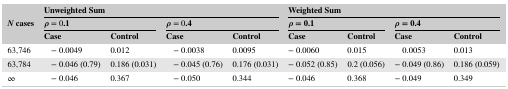
<table><thead><tr><td></td><td colspan="4"><b>Unweighted Sum</b></td><td colspan="4"><b>Weighted Sum</b></td></tr><tr><td><b><i>N</i> cases</b></td><td colspan="2"><b><i>ρ </i>= 0.1</b></td><td colspan="2"><b><i>ρ </i>= 0.4</b></td><td colspan="2"><b><i>ρ </i>= 0.1</b></td><td colspan="2"><b><i>ρ </i>= 0.4</b></td></tr><tr><td></td><td><b>Case</b></td><td><b>Control</b></td><td><b>Case</b></td><td><b>Control</b></td><td><b>Case</b></td><td><b>Control</b></td><td><b>Case</b></td><td><b>Control</b></td></tr></thead><tbody><tr><td>63,746</td><td>− 0.0049</td><td>0.012</td><td>− 0.0038</td><td>0.0095</td><td>− 0.0060</td><td>0.015</td><td>0.0053</td><td>0.013</td></tr><tr><td>63,784</td><td>− 0.046 (0.79)</td><td>0.186 (0.031)</td><td>− 0.045 (0.76)</td><td>0.176 (0.031)</td><td>− 0.052 (0.85)</td><td>0.2 (0.056)</td><td>− 0.049 (0.86)</td><td>0.186 (0.059)</td></tr><tr><td>∞</td><td>− 0.046</td><td>0.367</td><td>− 0.050</td><td>0.344</td><td>− 0.046</td><td>0.368</td><td>− 0.049</td><td>0.349</td></tr></tbody></table>